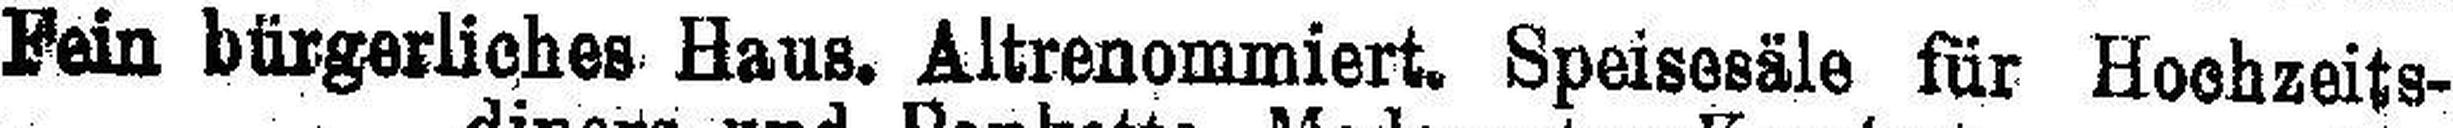
Fein bürgerliches Haus. Altrenommiert. Speisesäle für Hochzeits¬